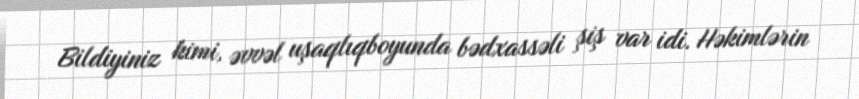
Bildiyiniz kimi, əvvəl uşaqlıqboyunda bədxassəli şiş var idi. Həkimlərin